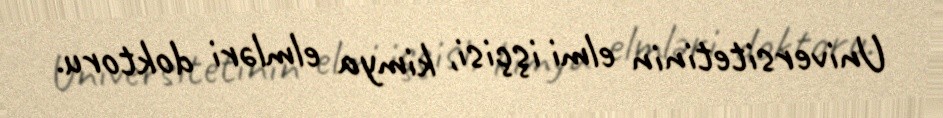
Universitetinin elmi işçisi, kimya elmləri doktoru.